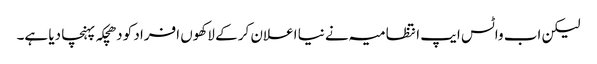
لیکن اب واٹس ایپ انتظامیہ نے نیا اعلان کر کے لاکھوں افراد کو دھچکہ پہنچا دیا ہے۔